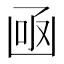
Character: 凾